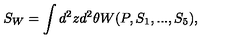
S _ { W } = \int d ^ { 2 } z d ^ { 2 } \theta W ( P , S _ { 1 } , . . . , S _ { 5 } ) ,